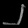
Digit: ၂